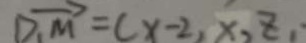
\overrightarrow { D _ { 1 } M } = ( x - 2 , x , Z _ { 1 } ,